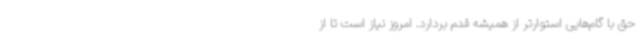
حق با گام‌هایی استوارتر از همیشه قدم بردارد. امروز نیاز است تا از